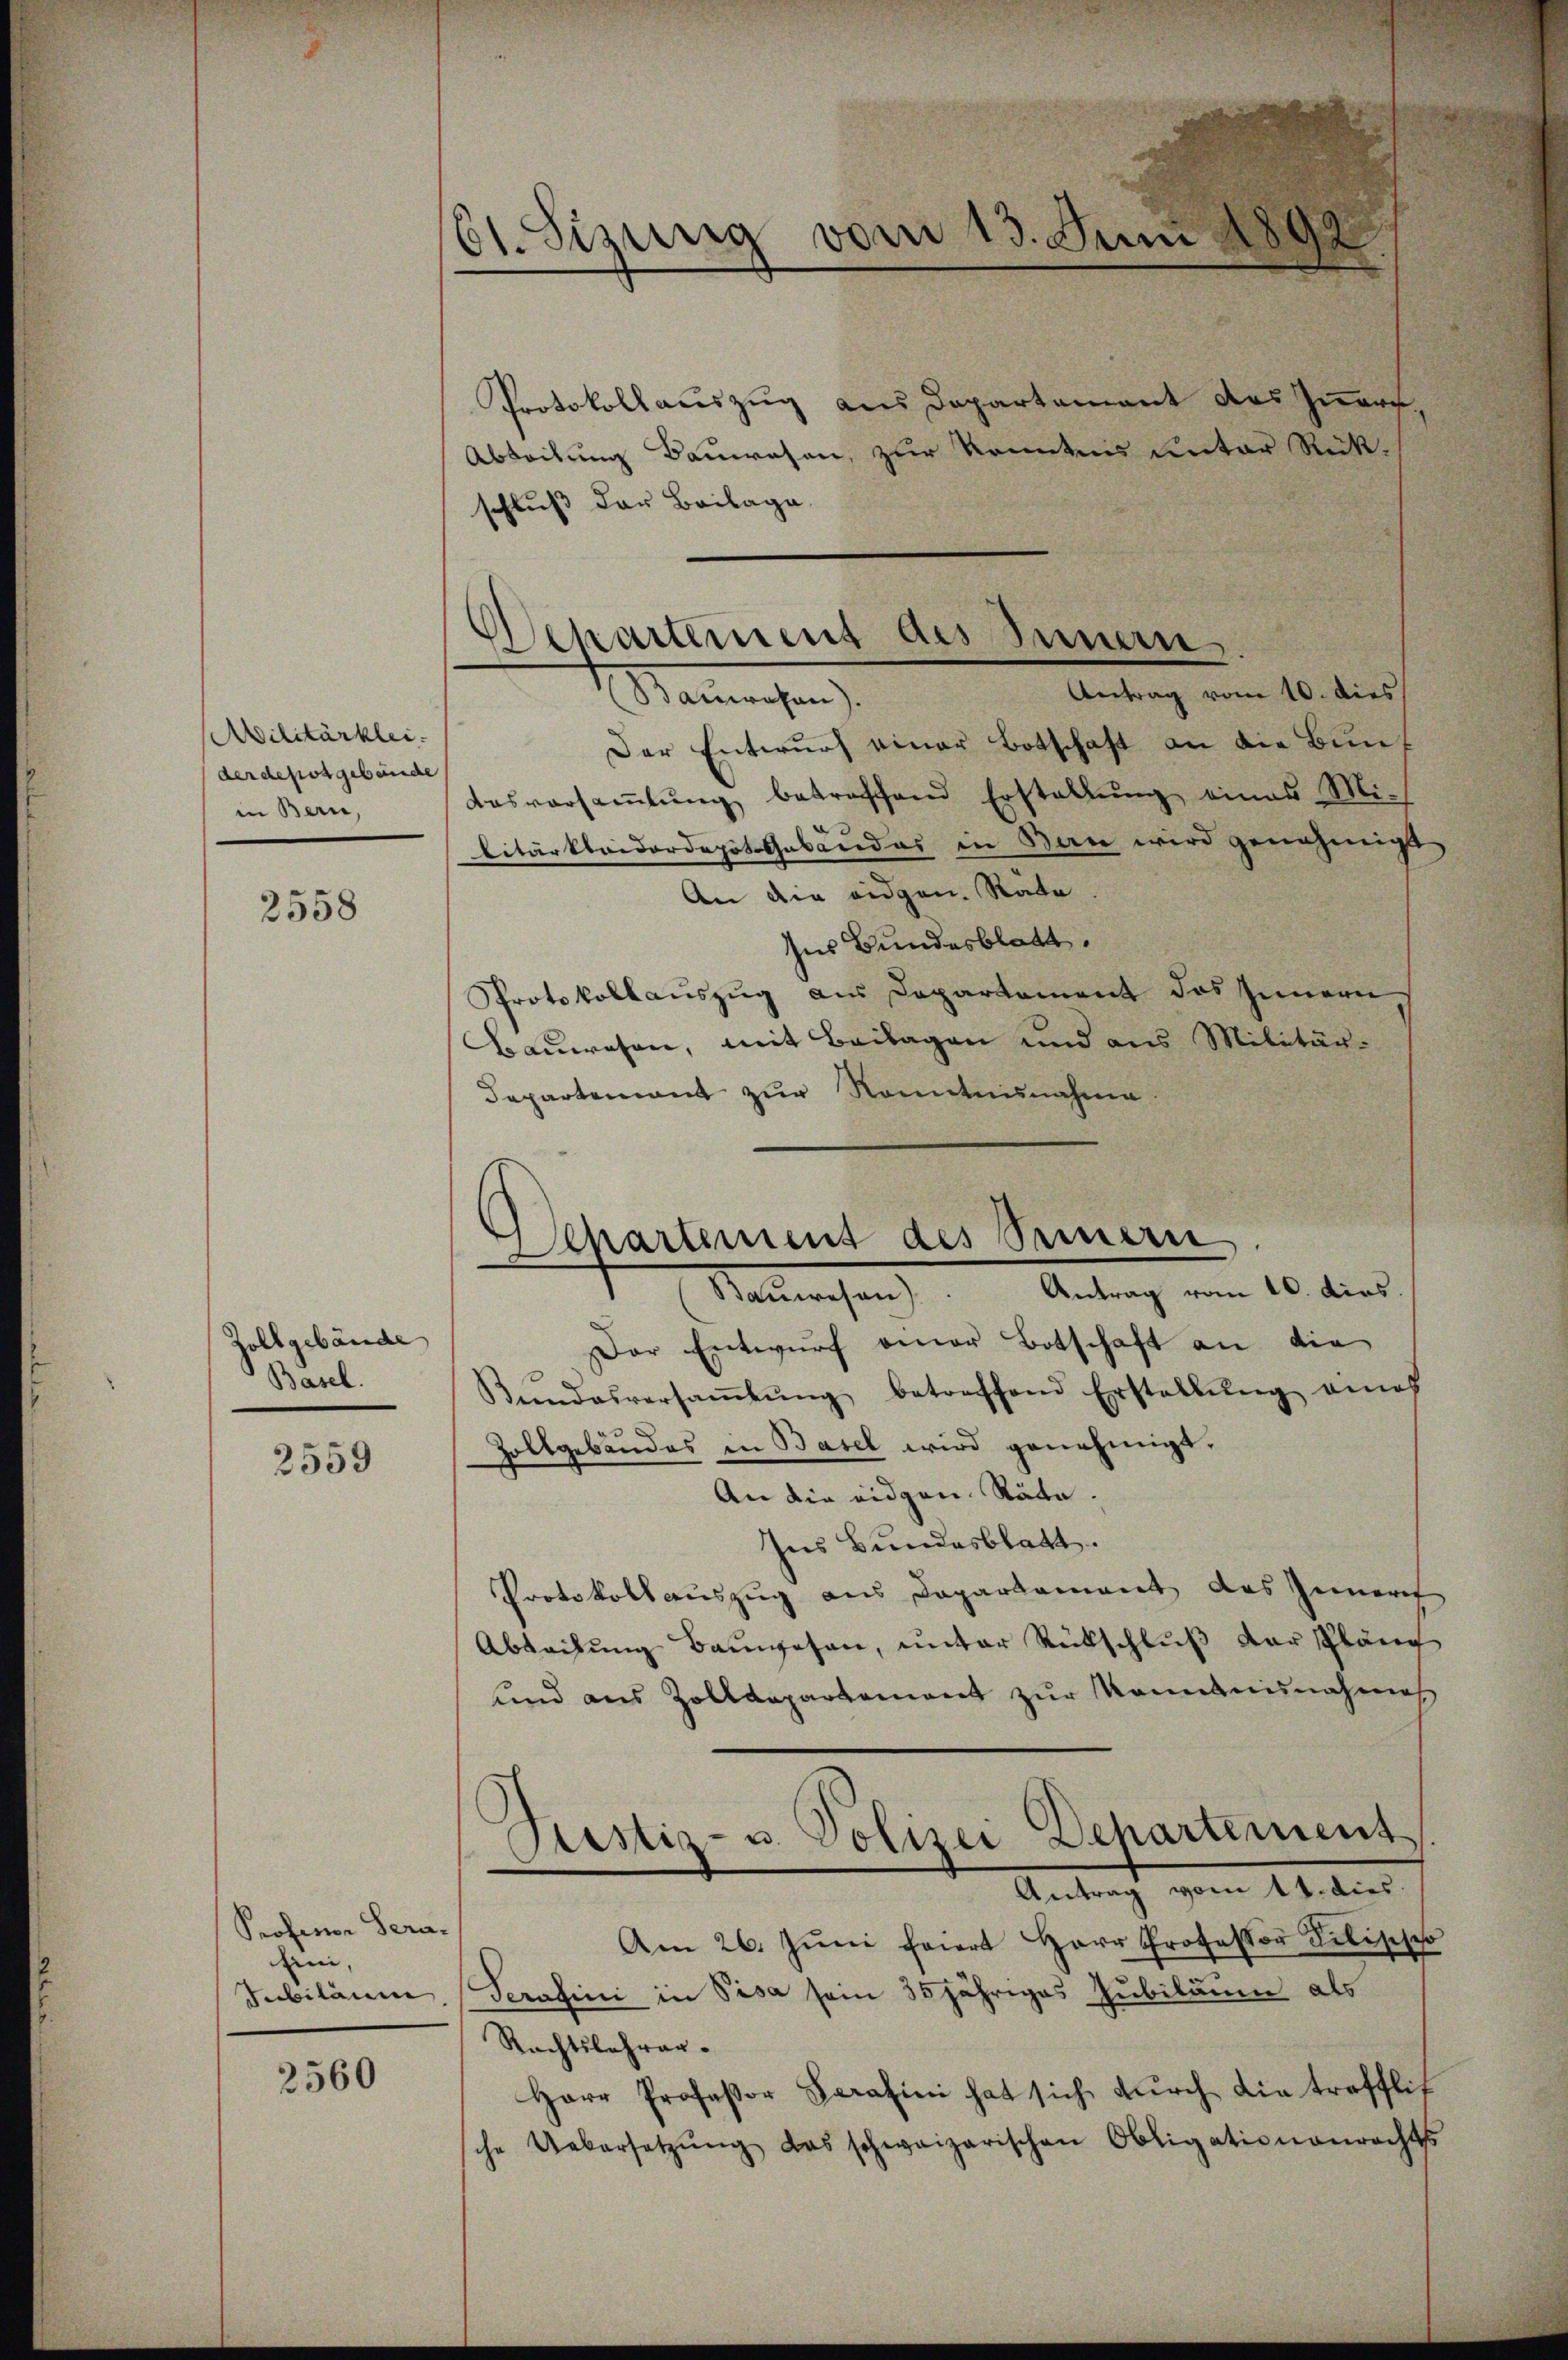
Militärkleider depotgebäude
in Bern,

2558

Zollgebäude
Basel.

2559

Professor Sera-
Eini,
Subiläum

2560

61. Sizung vom 13. Juni,

Protokollauszug aus Departement des Innern.
Abteilung Bauwesen, zur Kenntnis unter Rückschluß der Beilage
Antrag vom 10. dies
Namachen
Der Entwurf einer Botschaft an die Bunf
Aasversaṁlŭng betreffend Erstellŭng eines Mi-
litärkleiderdopit. Gebäudes in Bern wird genehmigt
An die eidgen. Rate
Ins Bundesblatt.
Protokollauszug aus Departement des Innern
Bauwesen, mit Beilagen und aus Militär-
Departement zur Kenntnisnahme.
Antrag vom 10. dies.
Ranmachen
Der Entwŭrf einer Botschaft an die
Bŭndesversaṁlŭng betreffend Erstellŭng ans
Zollgebäudes in Basel wird genehmigt.
An die eidgen. Stäte.
Ins Bundesblatt.
Protokollauszug aus Daparkament das Innert
Abteilung Bauwesen, unter Rückschluß der Plänc
und aus Zolldepartement zur Montannahmes
Antracht vom 14. der
Am 26. Jŭni friert Herr Professor Selische
Seratini in Pisa sein 35jähriges Jubiläum als
Rechtsbahrer¬
Herr Professor Serasini hat sich dŭrch die trefflich
sche Uebersetzŭng das schweizerischen Obligationenrechts

ckartement des Innern

Departement des Sennern.

Prestiz- u. Polizei Departement